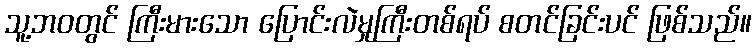
သူ့ဘဝတွင် ကြီးမားသော ပြောင်းလဲမှုကြီးတစ်ရပ် စတင်ခြင်းပင် ဖြစ်သည်။